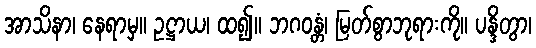
အာသိနာ၊ နေရာမှ။ ဥဋ္ဌာယ၊ ထ၍။ ဘဂဝန္တံ၊ မြတ်စွာဘုရားကို။ ပန္ဒိတွာ၊